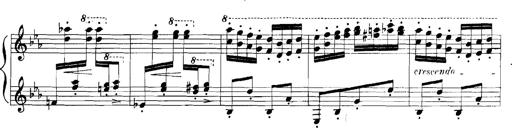
Title: Rhapsodies hongroises
Composer: Franz Liszt